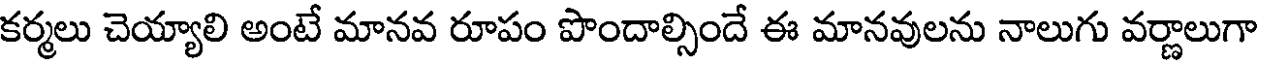
కర్మలు చెయ్యాలి అంటే మానవ రూపం పొందాల్సిందే ఈ మానవులను నాలుగు వర్ణాలుగా